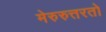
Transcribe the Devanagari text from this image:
मेरुरुत्तरतो